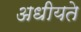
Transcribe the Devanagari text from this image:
अधीयते